[Report on the health of British troops in the Madras command]
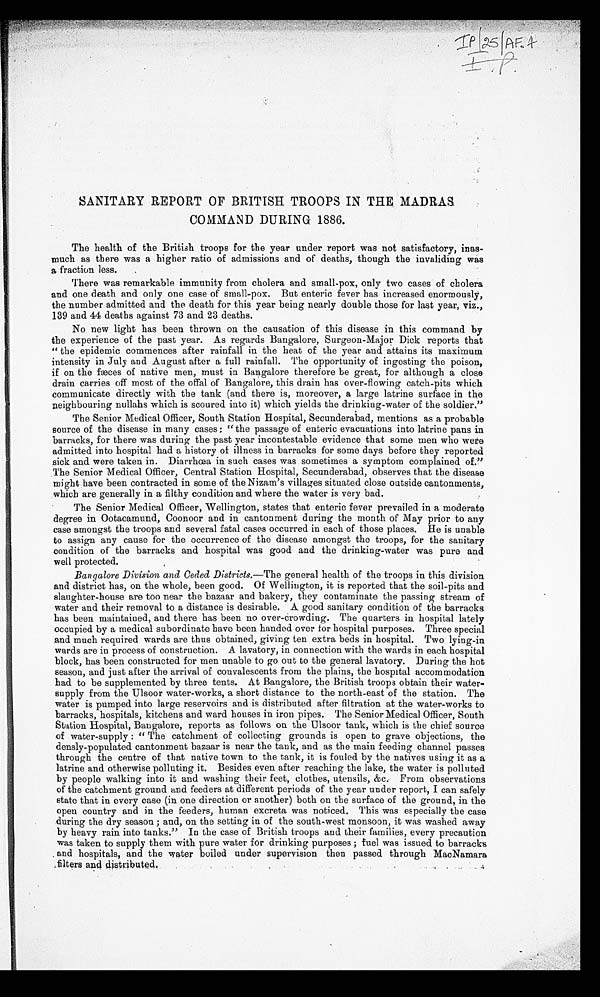
•
SANITARY REPORT OF BRITISH TROOPS IN THE MADRAS.
COMMAND DURING 1886.
The health of the British troops for the year under report was not satisfactory, inas
-much as there was a higher ratio of admissions and of deaths, though the invaliding was
a fraction less.
There was remarkable immunity from cholera and small-pox, only two cases of cholera
and one death and only one case of small-pox. But enteric fever has increased enormously,
the number admitted and the death for this year being nearly double those for last year, viz.,
139 and 44 deaths against 73 and 23 deaths.
No new light has been thrown on the causation of this disease in this command by
the experience of the past year. As regards Bangalore, Surgeon-Major Dick reports that
"the epidemic commences after rainfall in the heat of the year and attains its maximum
intensity in July and August after a full rainfall. The opportunity of ingesting the poison,
if on the fæces of native men, must in Bangalore therefore be great, for although a close
drain carries off most of the offal of Bangalore, this drain has over-flowing catch-pits which
communicate directly with the tank (and there is, moreover, a large latrine surface in the
neighbouring nullahs which is scoured into it) which yields the drinking-water of the soldier."
The Senior Medical Officer, South Station Hospital, Secunderabad, mentions as a probable
source of the disease in many cases; "the passage of enteric evacuations into latrine pans in
barracks, for there was during the past year incontestable evidence that some men who were
admitted into hospital had a history of illness in barracks for some days before they reported
sick and were taken in. Diarrhœa in such cases was sometimes a symptom complained of."
The Senior Medical Officer, Central Station Hospital, Secunderabad, observes that the disease
might have been contracted in some of the Nizam's villages situated close outside cantonments,
which are generally in a filthy condition and where the water is very bad.
The Senior Medical Officer, Wellington, states that enteric fever prevailed in a moderate
degree in Ootacamund, Coonoor and in cantonment during the month of May prior to any
case amongst the troops and several fatal cases occurred in each of those places. He is unable
to assign any cause for the occurrence of the disease amongst the troops, for the sanitary
condition of the barracks and hospital was good and the drinking-water was pure and
well protected.
Bangalore Division and Ceded Districts.— The general health of the troops in this division
and district has, on the whole, been good. Of Wellington, it is reported that the soil-pits and
slaughter-house are too near the bazaar and bakery, they contaminate the passing stream of
water and their removal to a distance is desirable. A good sanitary condition of the barracks
has been maintained, and there has been no over-crowding. The quarters in hospital lately
occupied by a medical subordinate have been handed over for hospital purposes. Three special
and much required wards are thus obtained, giving ten extra beds in hospital. Two lying-in
wards are in process of construction. A lavatory, in connection with the wards in each hospital
block, has been constructed for men unable to go out to the general lavatory. During the hot
season, and just after the arrival of convalescents from the plains, the hospital accommodation
had to be supplemented by three tents. At Bangalore, the British troops obtain their water
-supply from the Ulsoor water-works, a short distance to the north-east of the station. The
water is pumped into large reservoirs and is distributed after filtration at the water-works to
barracks, hospitals, kitchens and ward houses in iron pipes. The Senior Medical Officer, South
Station Hospital, Bangalore, reports as follows on the Ulsoor tank, which is the chief source
of water-supply: "The catchment of collecting grounds is open to grave objections, the
densly-populated cantonment bazaar is near the tank, and as the main feeding channel passes
through the centre of that native town to the tank, it is fouled by the natives using it as a
latrine and otherwise polluting it. Besides even after reaching the lake, the water is polluted
by people walking into it and washing their feet, clothes, utensils, &c. From observations
of the catchment ground and feeders at different periods of the year under report, I can safely
state that in every case (in one direction or another) both on the surface of the ground, in the
open country and in the feeders, human excreta was noticed. This was especially the case
during the dry season; and, on the setting in of the south-west monsoon, it was washed away
by heavy rain into tanks." In the case of British troops and their families, every precaution
was taken to supply them with pure water for drinking purposes; fuel was issued to barracks
and hospitals, and the water boiled under supervision then passed through MacNamara
filters and distributed.